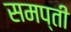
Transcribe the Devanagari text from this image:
समप्ती